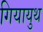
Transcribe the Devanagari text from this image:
गियायुथ